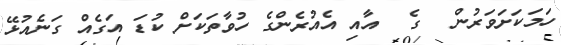
ހަމަކަށަވަރުން  ގެ  އާއި އެއުރެންގެ ހުވާތަކަށް ކުޑަ އަގެއް ގަނެއުޅޭ